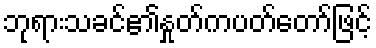
ဘုရားသခင်၏နှုတ်ကပတ်တော်ဖြင့်